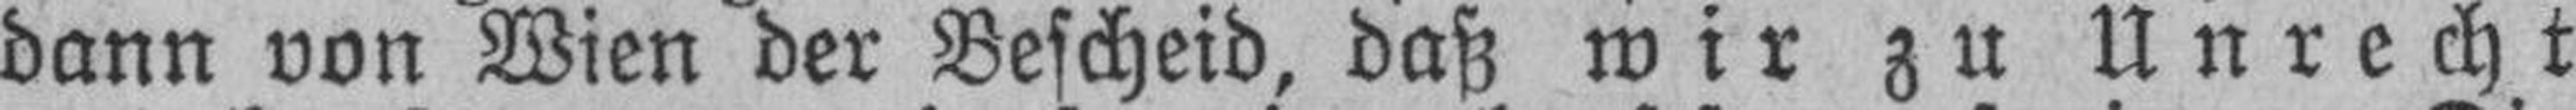
dann von Wien der Bescheid, daß wir zu Unrecht